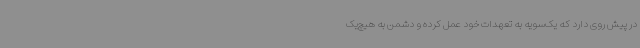
در پیش روی دارد که یک‌سویه به تعهدات خود عمل کرده و دشمن به هیچ‌یک